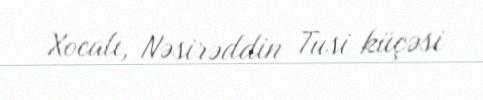
Xocalı, Nəsirəddin Tusi küçəsi